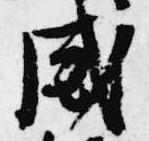
威